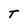
Character: T